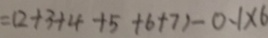
= ( 2 + 3 + 4 + 5 + 6 + 7 ) - 0 . 1 \times 6